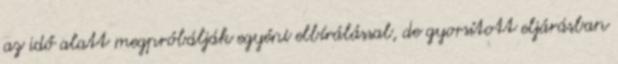
az idő alatt megpróbálják egyéni elbírálással, de gyorsított eljárásban